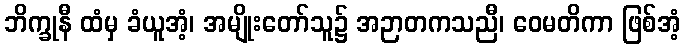
ဘိက္ခုနီ ထံမှ ခံယူအံ့၊ အမျိုးတော်သူ၌ အဉာတကသညီ၊ ဝေမတိကာ ဖြစ်အံ့